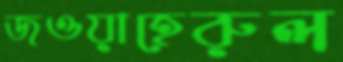
জওয়াহেরুল